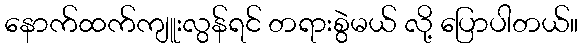
နောက်ထက်ကျူးလွန်ရင် တရားစွဲမယ် လို့ ပြောပါတယ်။